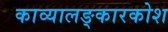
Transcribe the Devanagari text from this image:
काव्यालङ्कारकोश